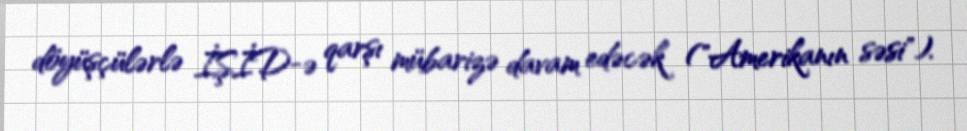
döyüşçülərlə İŞİD-ə qarşı mübarizə davam edəcək ("Amerikanın səsi").